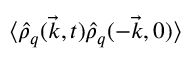
\langle \hat { \rho } _ { q } ( \vec { k } , t ) \hat { \rho } _ { q } ( - \vec { k } , 0 ) \rangle